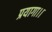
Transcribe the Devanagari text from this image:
प्रयागा।।